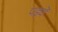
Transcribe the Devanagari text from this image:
पड़वे